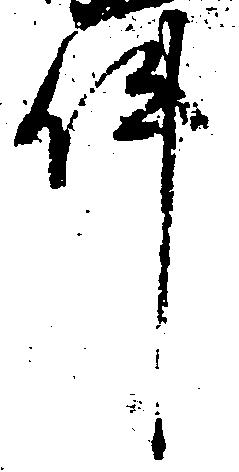
件